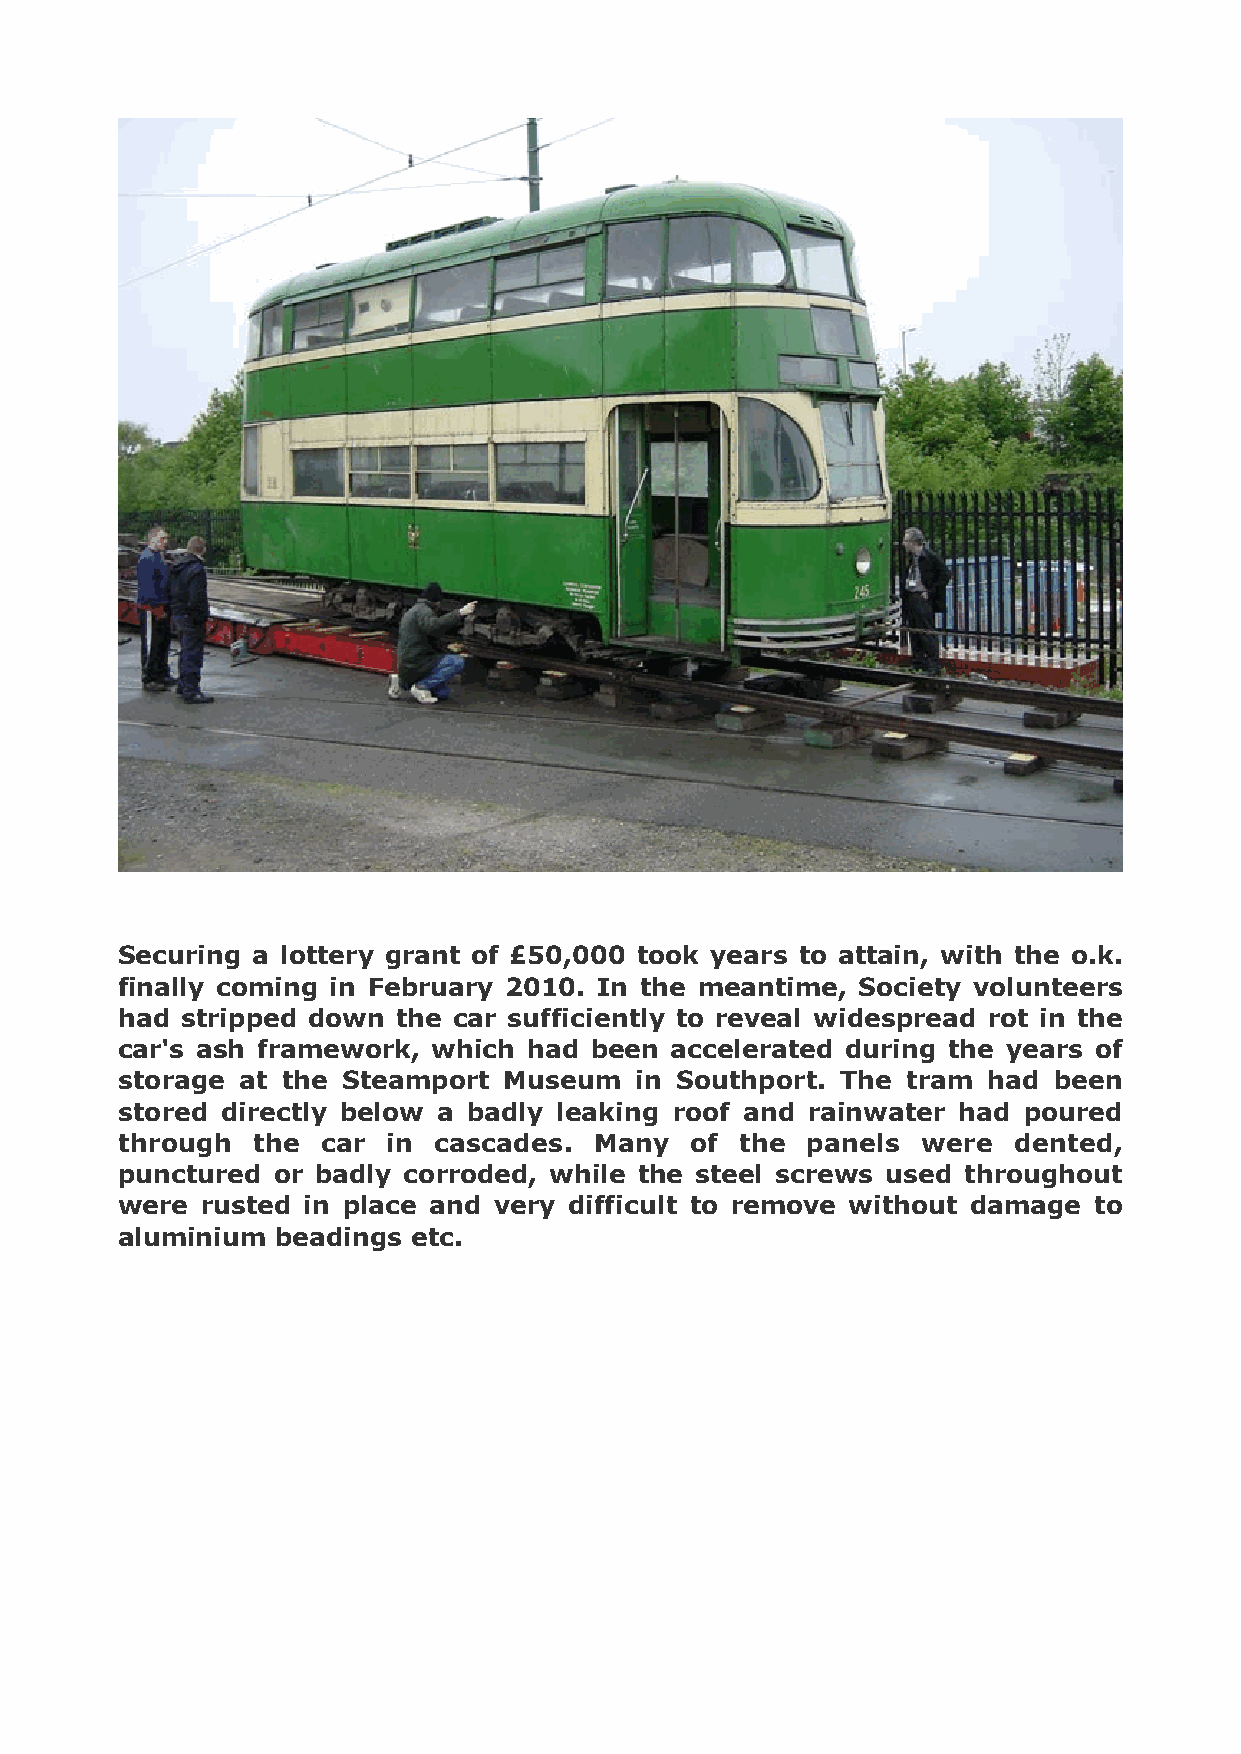
!
 !
 !
 Securing a lottery grant of £50,000 took years to attain, with the o.k.
 finally coming in February 2010. In the meantime, Society volunteers
 had stripped down the car sufficiently to reveal widespread rot in the
 car's ash framework, which had been accelerated during the years of
 storage at the Steamport Museum   in Southport. The tram had  been
 stored directly below a badly leaking roof and rainwater had poured
 through  the car  in cascades. Many   of the panels  were  dented,
 punctured or badly corroded, while the steel screws used throughout
 were rusted in place and very difficult to remove without damage to
 aluminium beadings etc.